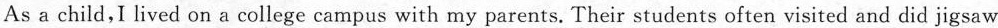
As a child,I lived on a college campus with my parents. Their students often visited and did jigsaw